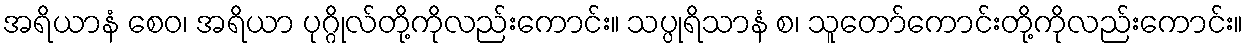
အရိယာနံ စေဝ၊ အရိယာ ပုဂ္ဂိုလ်တို့ကိုလည်းကောင်း။ သပ္ပုရိသာနံ စ၊ သူတော်ကောင်းတို့ကိုလည်းကောင်း။